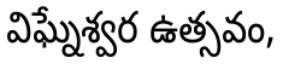
విఘ్నేశ్వర ఉత్సవం,